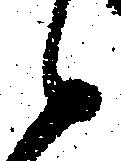
候